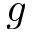
g